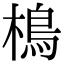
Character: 樢